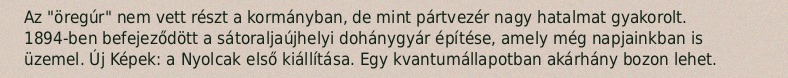
Az "öregúr" nem vett részt a kormányban, de mint pártvezér nagy hatalmat gyakorolt. 1894-ben befejeződött a sátoraljaújhelyi dohánygyár építése, amely még napjainkban is üzemel. Új Képek: a Nyolcak első kiállítása. Egy kvantumállapotban akárhány bozon lehet.